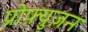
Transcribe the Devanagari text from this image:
प्रोफ़्युज़न